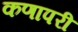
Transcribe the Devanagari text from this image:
कणापरी